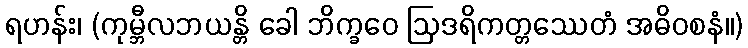
ရဟန်း၊ (ကုမ္ဘီလဘယန္တိ ခေါ ဘိက္ခဝေ ဩဒရိကတ္တဿေတံ အဓိဝစနံ။)